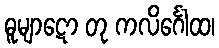
ဓူမျာဋော တု ကလိင်္ဂေါထ၊